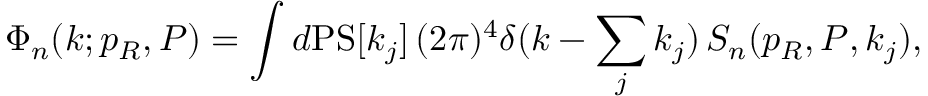
\Phi _ { n } ( k ; p _ { R } , P ) = \int d \mathrm { P S } [ k _ { j } ] \, ( 2 \pi ) ^ { 4 } \delta ( k - \sum _ { j } k _ { j } ) \, S _ { n } ( p _ { R } , P , k _ { j } ) ,